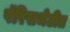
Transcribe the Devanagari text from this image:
पॅरिसभेटीत